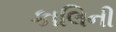
કાલિની